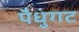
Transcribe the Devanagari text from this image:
पैधुंगट